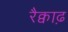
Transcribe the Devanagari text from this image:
रैक्वाढ़